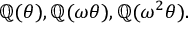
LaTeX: \mathbb { Q } ( \theta ) , \mathbb { Q } ( \omega \theta ) , \mathbb { Q } ( \omega ^ { 2 } \theta ) .